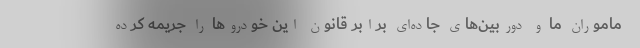
ماموران ما و دوربین‌های جاده‌ای برابر قانون این خودروها را جریمه کرده